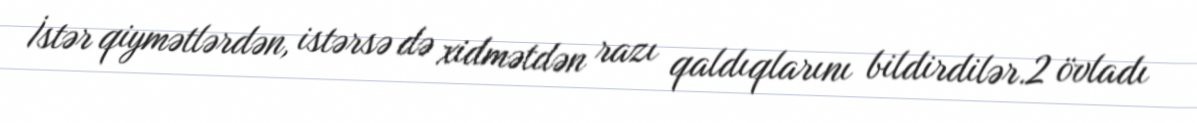
İstər qiymətlərdən, istərsə də xidmətdən razı qaldıqlarını bildirdilər.2 övladı